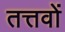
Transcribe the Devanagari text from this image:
तत्तवों